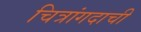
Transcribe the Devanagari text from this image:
चित्रांगदाची